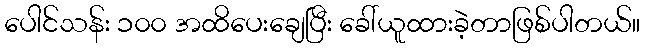
ပေါင်သန်း ၁၀၀ အထိပေးချေပြီး ခေါ်ယူထားခဲ့တာဖြစ်ပါတယ်။